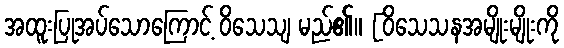
အထူးပြုအပ်သောကြောင့် ဝိသေသျ မည်၏။ [ဝိသေသနအမျိုးမျိုးကို